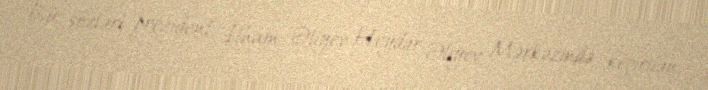
Bu sözləri prezident İlham Əliyev Heydər Əliyev Mərkəzində keçirilən